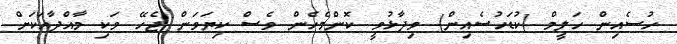
ހުސެއިން ހަލީމް (ކުޑަހުސެއިން) ވިދާޅުވީ ކޮންމެހެން ވެސް ކިޔަވަން ޖެހޭ ވަކި މާއްދާއަކަށް